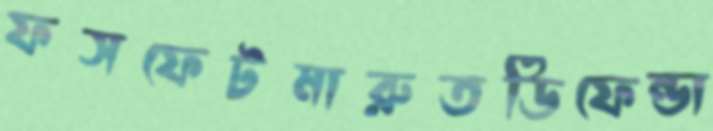
ফসফেটমারুতডিফেন্ডা